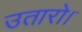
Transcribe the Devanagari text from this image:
उतारो।